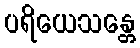
ပရိယေသန္တေ